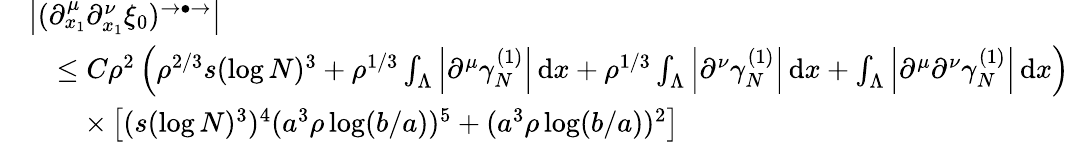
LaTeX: \begin{array}{rl}&{\left\vert(\partial_{x_{1}}^{\mu}\partial_{x_{1}}^{\nu}\xi_{0})^{\rightarrow\bullet\rightarrow}\right\vert}\\ &{\quad\leq C\rho^{2}\left(\rho^{2/3}s(\log N)^{3}+\rho^{1/3}\int_{\Lambda}\left\vert\partial^{\mu}\gamma_{N}^{(1)}\right\vert\, \textnormal{d}x+\rho^{1/3}\int_{\Lambda}\left\vert\partial^{\nu}\gamma_{N}^{(1)}\right\vert\, \textnormal{d}x+\int_{\Lambda}\left\vert\partial^{\mu}\partial^{\nu}\gamma_{N}^{(1)}\right\vert\, \textnormal{d}x\right)}\\ &{\qquad\times\left[(s(\log N)^{3})^{4}(a^{3}\rho\log(b/a))^{5}+(a^{3}\rho\log(b/a))^{2}\right]}\end{array}